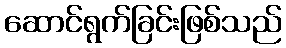
ဆောင်ရွက်ခြင်းဖြစ်သည်